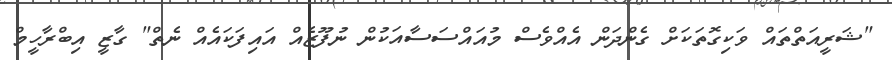
"ޝަރީއަތްތައް ވަކިގޮތަކަށް ގެންދަން އެއްވެސް މުއައްސަސާއަކުން ނުފޫޒެއް އައިފަކައެއް ނެތް" ގާޒީ އިބްރާހީމް